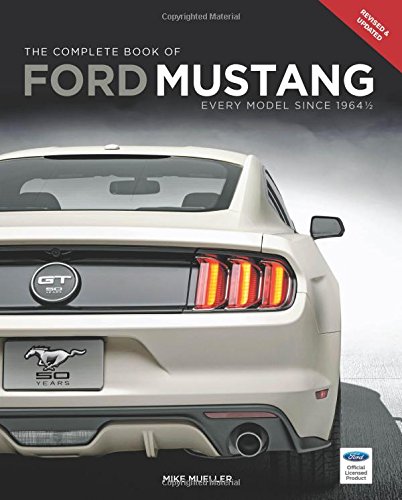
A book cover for The Complete Book of Ford Mustang: Every Model Since 1964 1/2 (Complete Book Series); Mike Mueller; Engineering & Transportation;